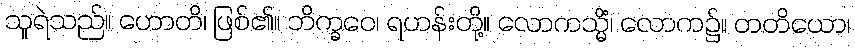
သူရဲသည်။ ဟောတိ၊ ဖြစ်၏။ ဘိက္ခဝေ၊ ရဟန်းတို့။ လောကသ္မိံ၊ လောက၌။ တတိယော၊